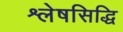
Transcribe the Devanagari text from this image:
श्लेषसिद्धि